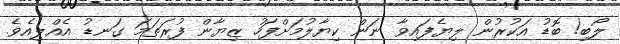
ލޯބި! ބޮޑު އަކުރުން ލިޔެފައިވާ ނަން ކިޔާލުމަށްފަހު ޒިޔާން ފުރަތަމަ ގަނޑު އެއްލިއެވެ.